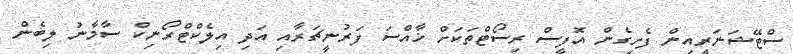
ސްޓޭޝަނަރީއިން ފެށިގެން އޮފީސް ރިސޯޓްތަކަށް ޚާއްސަ ފަރުނީޗަރާއި އަދި އިލެކްޓްރޯނިކް ސާމާނު ލިބެން